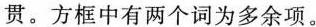
贯。方框中有两个词为多余项.。